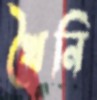
খৈনি